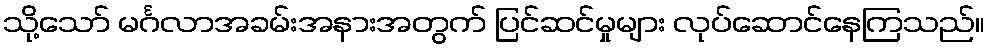
သို့သော် မင်္ဂလာအခမ်းအနားအတွက် ပြင်ဆင်မှုများ လုပ်ဆောင်နေကြသည်။